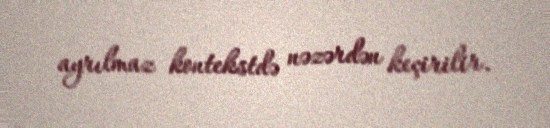
ayrılmaz kontekstdə nəzərdən keçirilir.